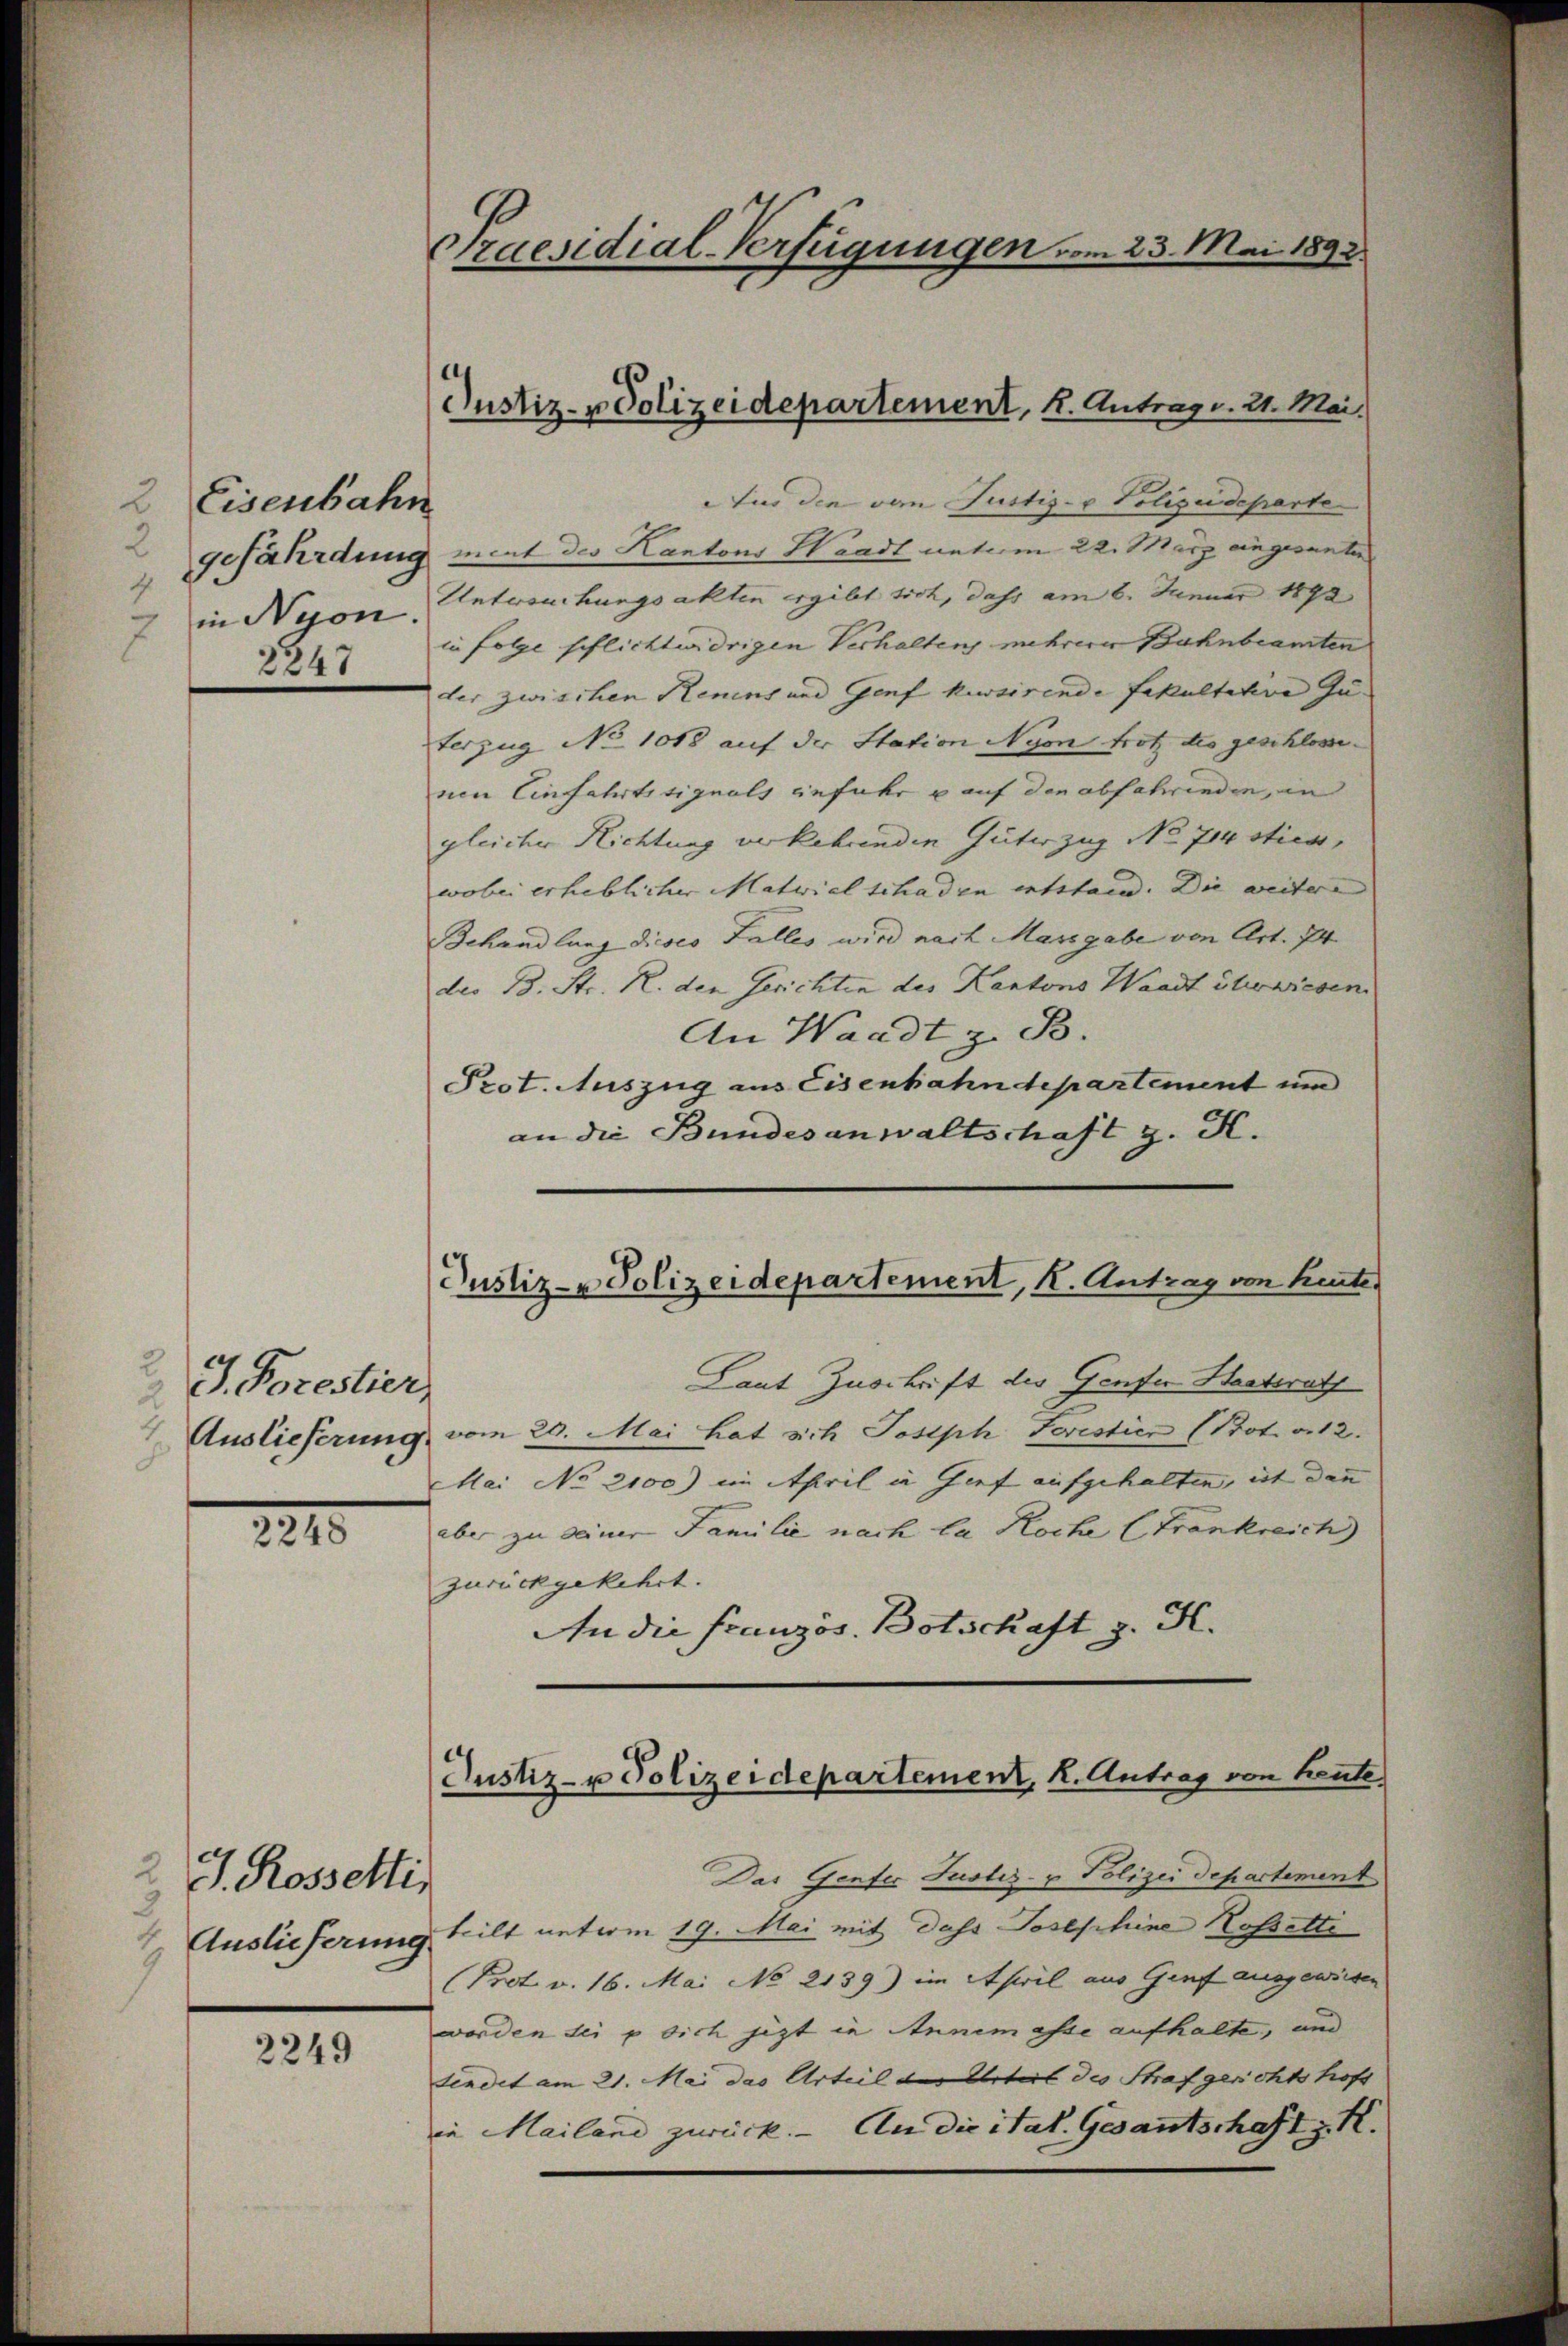
Eisenbahn
2
2
gefährdung
4
7 in Nyon.
2247

2 J. Forestier,

221.

2 J. Rosselti,
3
4 Auslieferung
1

2249

Praesidial-Verfügungen vom 23. Mai 1892

Für die von Justiz- & Polizeideparte
ment der Kantons Waadt unterm 22. März eingesanten
Untersuchungsakten ergibt sich, dass am 6. Januar 1892
in folge schlichtwidrigen Verhalten mehrerer Bahnbeamten
der zwischen Renins und Genf kursirende Fakultative zu- |
terzug No 1018 auf der Station Nyon trotz des geschlosse
nen Einfahrt signals gefahr u auf den abfahrenden, in
gleicher Richtung verkehrenden Güterzug No 74 stier,
wobei erheblicher Matwiel schaden entstand. Die weitere
Behandlung dieses Falles wird nach Massgabe von Art. 74
der B. Str. R. den Gerichten des Kantons Waadt Strewiesen
An Waadt z. B.
Prot. Auszug aus Eisenbahndepartement und
an die Bundesanwaltschaft z. K.

Justiz- & Polizeidepartement, K. Antrag. 21. Mai.

Justiz- u Polizeidepartement, K. Antrag von heute.

Laut Zuschrift des Genfer Hastrath
Auslieferung vom 20. Mai hat sich Joseph Feristien (Prot. v. 12.
Mai No 2100) im April in Genf aufgehalten, ist dann
aber zu seiner Familie nach la Roche (Trankreich
zurückgekehrt.
An die Französ. Botschaft z. K.

Justiz- u Polizeidepartement, K. Antrag von heute

Das Genfer Justiz- & Polizei Departement
teilt unterm 19. Mai mit dass Josephine Kosselti
Prot. v. 16. Mai No 2139) im April aus Genf ausgewiesen
worden sei p sich jetzt in Annemasse aufhalte, und
findet am 21. Mai das Urteil der Urteil des Strafgerichtshofe
in Mailand zurück. - An die ital. Gesantschaft z. K.